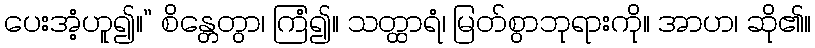
ပေးအံ့ဟူ၍။” စိန္တေတွာ၊ ကြံ၍။ သတ္ထာရံ၊ မြတ်စွာဘုရားကို။ အာဟ၊ ဆို၏။